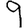
Digit: 9